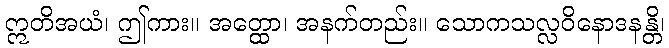
ဣတိအယံ၊ ဤကား။ အတ္ထော၊ အနက်တည်း။ သောကသလ္လဝိနောဒနန္တိ၊